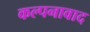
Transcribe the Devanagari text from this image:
कल्पनावाद